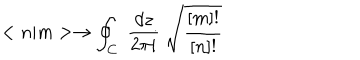
< n | m > \rightarrow \oint _ { C } \; \frac { d z } { 2 \pi i } \; \sqrt { \frac { [ m ] ! } { [ n ] ! } }